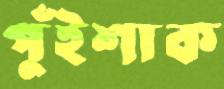
পুঁইশাক